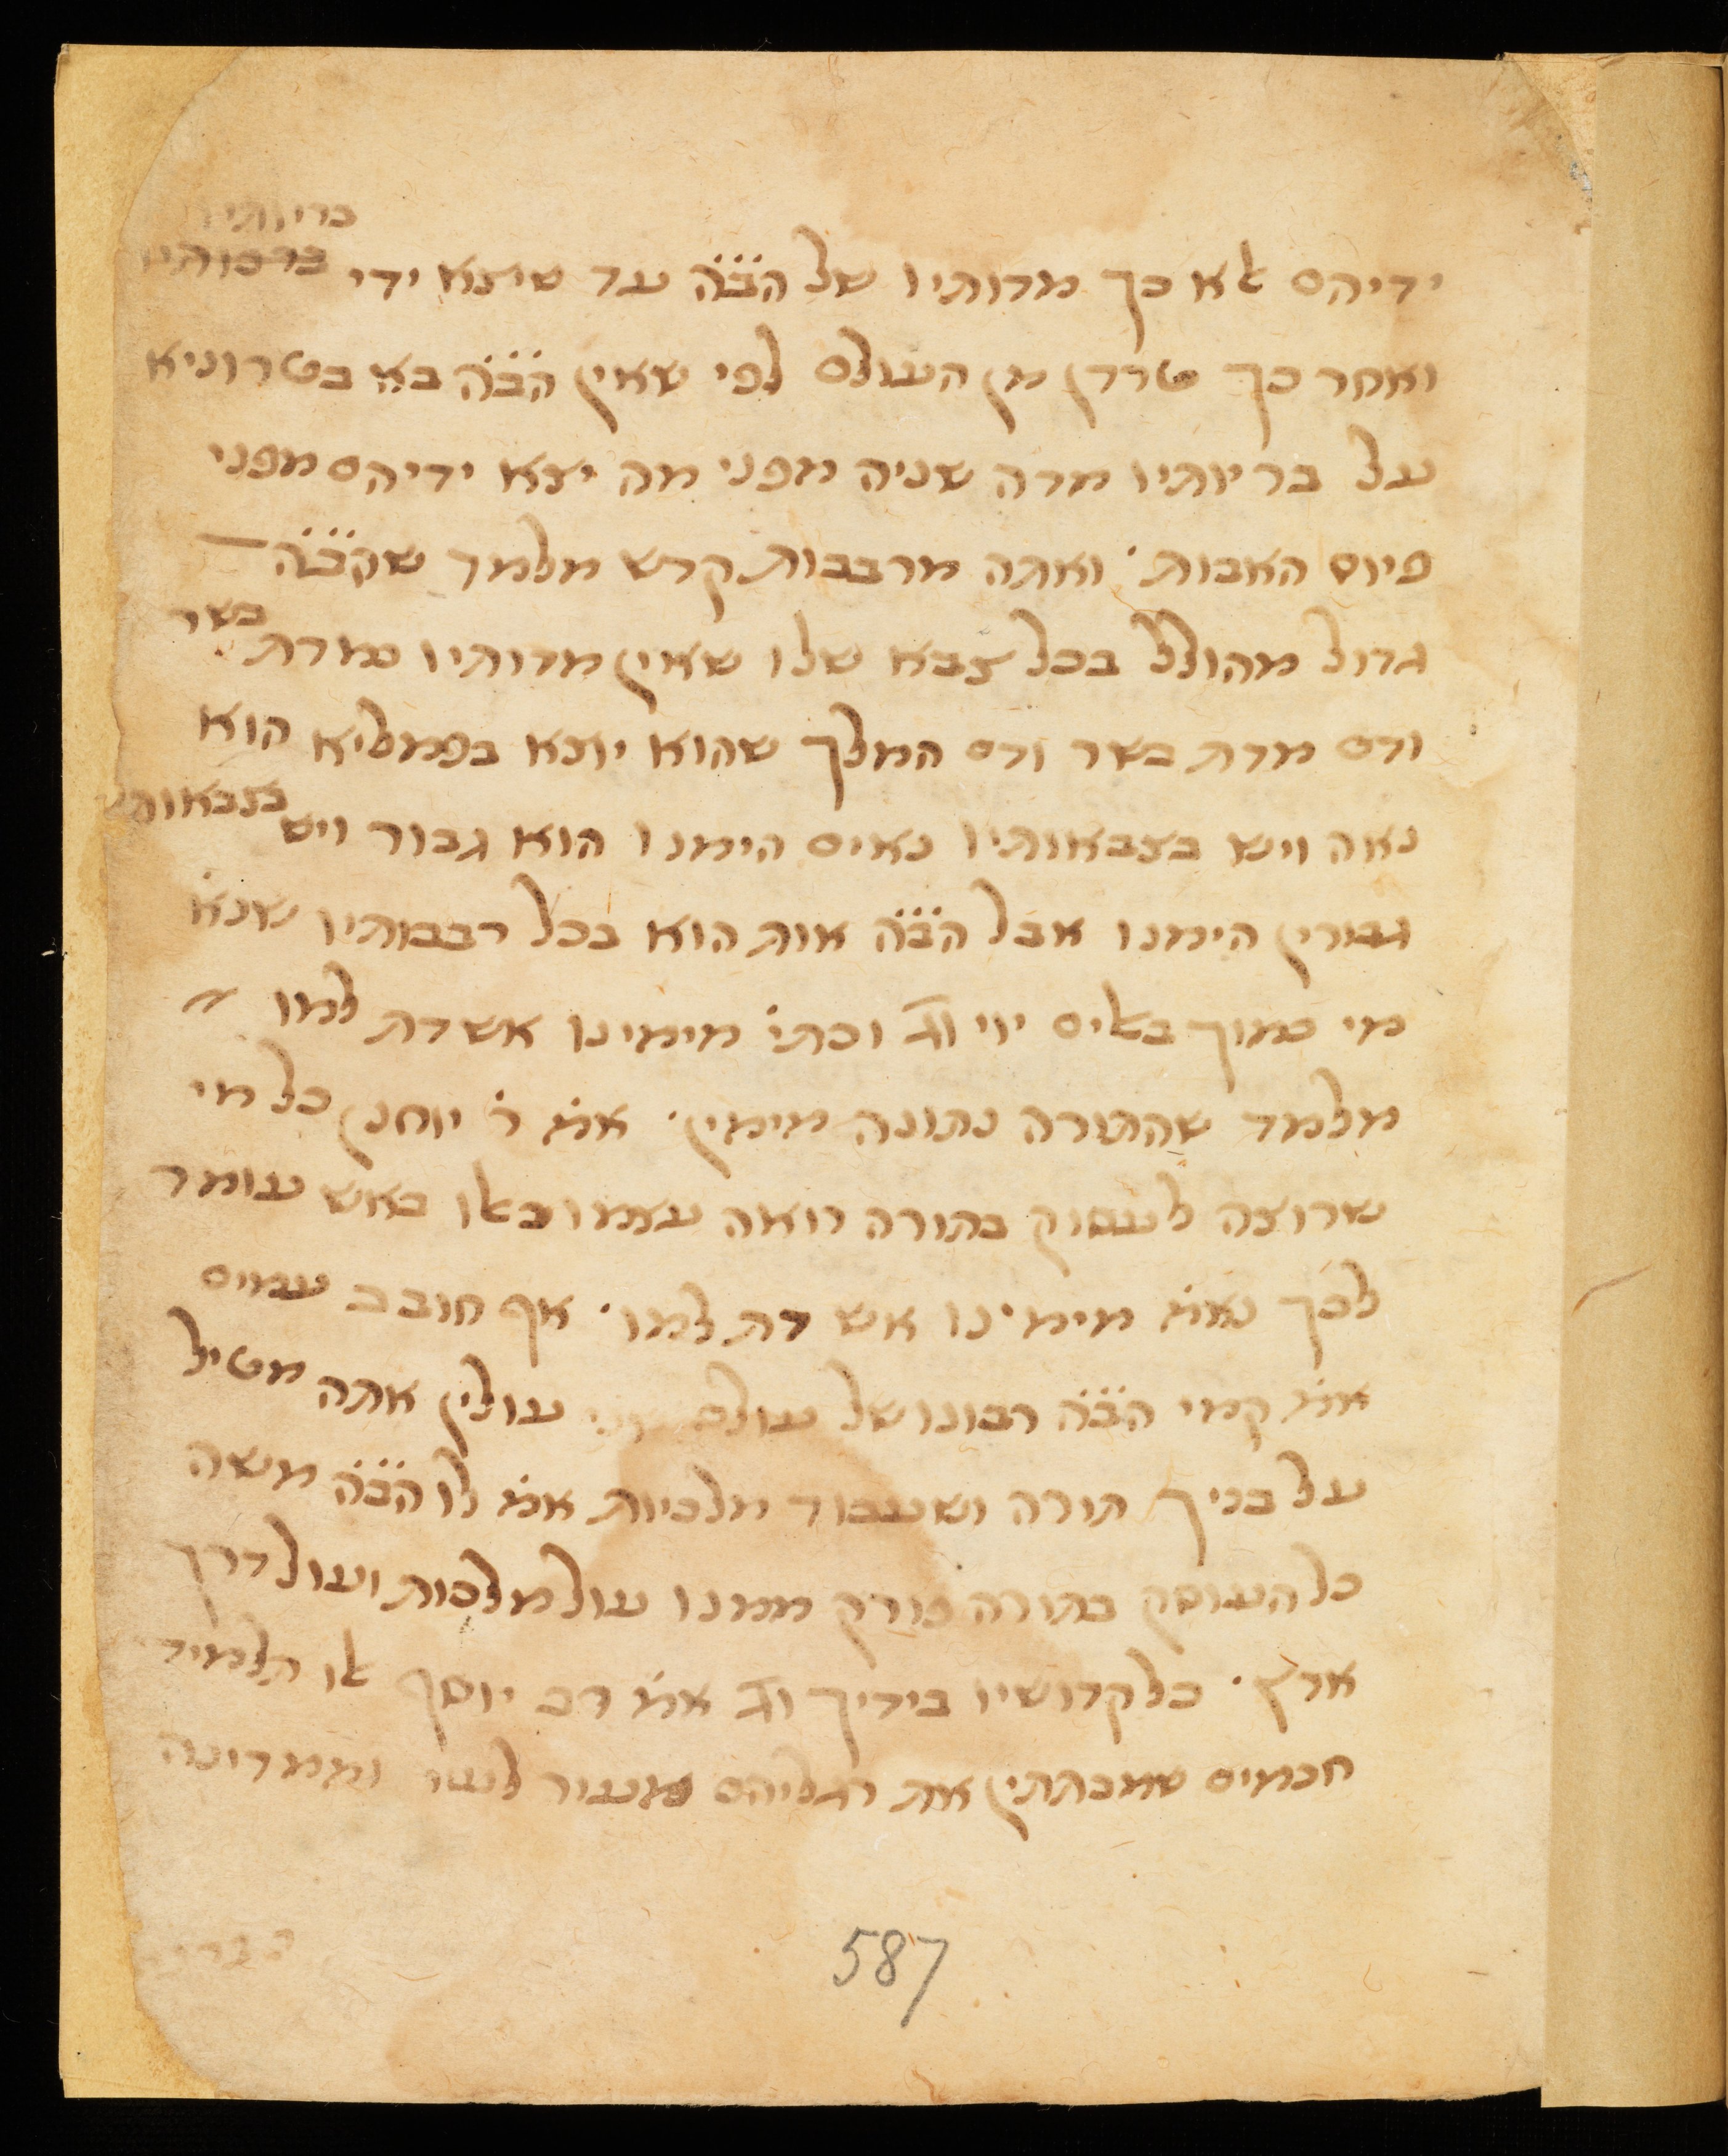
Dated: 1300–1399